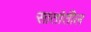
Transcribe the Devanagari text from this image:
सातांतील